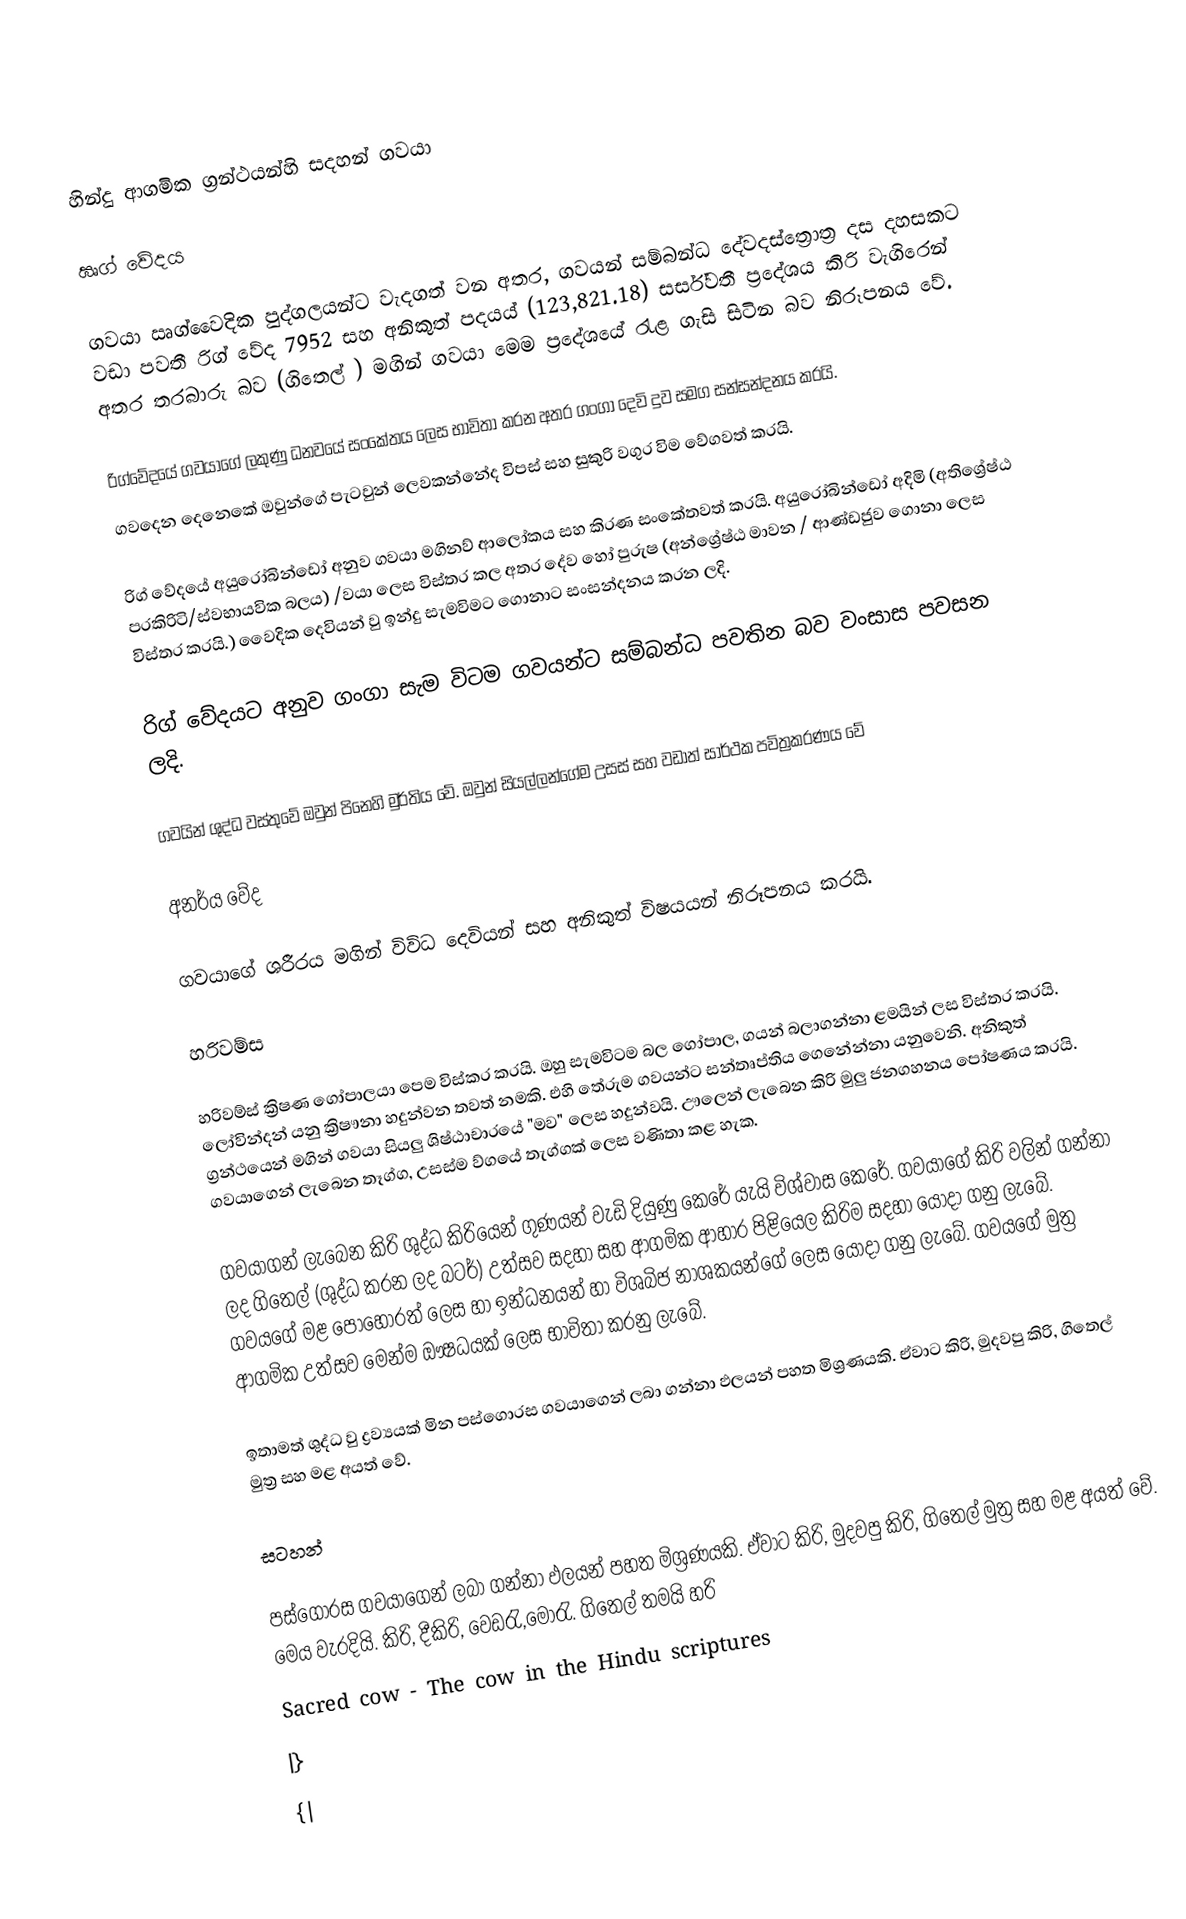

හින්දු ආගමික ග්‍රන්ථයන්හි සදහන් ගවයා

ඍග් වේදය

ගවයා ඍග්වෛදික පුද්ගලයන්ට වැදගත් වන අතර, ගවයන් සම්බන්ධ දේවදස්ත්‍රොත්‍ර දස දහසකට වඩා පවතී රිග් වේද 7952 සහ අනිකුත් පදයය් (123,821.18) සර්ස්වතී ප්‍රදේශය කිරි වැගිරෙන් අතර තරබාරු බව (ගිතෙල් ) මගින් ගවයා මෙම ප්‍රදේශයේ රැළ ගැසි සිටින බව නිරූපනය වේ.

රිග්වේදයේ ගවයාගේ ලකුණු ධනවයේ සංකේතය ලෙස භාවිතා කරන අතර ගංගා දෙවි දුව සමග සන්සන්දනය කරයි.
ගවදෙන දෙනෙකේ ඔවුන්ගේ පැටවුන් ලෙවකන්නේද විපස් සහ සුකුරි වගුර විම වේගවත් කරයි.

රිග් වේදයේ අයුරෝ‍බින්ඩෝ අනුව ගවයා මගිනව් ආලෝකය සහ කිරණ සංකේතවත් කරයි. අයුරෝබින්ඩෝ අදිමි (අතිශ්‍රේෂ්ඨ පරකිරිටි/ස්වභායවික බලය) /වයා ලෙස විස්තර කල අතර දේව හෝ පුරුෂ (අන්ශ්‍රේෂ්ඨ මාවන / ආණ්ඩජුව ගොනා ලෙස විස්තර කරයි.) වෛදික දෙවියන් වු ඉන්දු සැමවිමට ගොනාට සංසන්දනය කරන ලදි.

රිග් වේදයට අනුව ගංගා සැම විටම ගවයන්ට සම්බන්ධ පවතින බව වංසාස පවසන ලදි.

ගවයින් ශුද්ධ වස්තුවේ ඔවුන් පිනෙහි මුර්තිය වේ. ඔවුන් සියල්ලන්ගේම උසස් සහ වඩාත් සාර්ථක පවිත්‍රකරණය වේ

අනර්ය වේද

ගවයාගේ ශරීරය මගින් විවිධ දෙවියන් සහ අනිකුත් විෂයයන් නිරූපනය කරයි.

හරිවම්ස

හරිවම්ස් ක්‍රිෂණ‍ ගෝපාලයා පෙම විස්කර කරයි. ඔහු සැමවිටම බල ගෝපාල, ගයන් බලාගන්නා ළමයින් ලස විස්තර කරයි. ලෝවින්දන් යනු ක්‍රිෂෟනා හදුන්වන තවත් නමකි. එහි තේරුම ගවයන්ට සන්තෘප්තිය ගෙනේන්නා යනුවෙනි. අනිකුත් ග්‍රන්ථයෙන් මගින් ගවයා සියලු ශිෂ්ඨාචාරයේ "මව" ලෙස හදුන්වයි. ඌලෙන් ලැබෙන කිරි මුලු ජනගහනය පෝෂණය කරයි. ගවයාගෙන් ලැබෙන තෑග්ග, උසස්ම ව්ගයේ තැග්ගක් ලෙස වණිතා කළ හැක.

ගවයාගන් ලැබෙන කිරි ශුද්ධ කිරියෙන් ගුණයන් වැඩි දියුණු කෙරේ යැයි විශ්වාස කෙරේ. ගවයාගේ කිරි වලින් ගන්නා ලද ගිතෙල් (ශුද්ධ කරන ලද බටර්) උත්සව සදහා සහ ආගමික ආහාර පිළියෙල කිරිම සදහා යොදා ගනු ලැබේ. ගවයගේ මළ පොහොරත් ලෙස හා ඉන්ධනයන් හා විශබිජ නාශකයන්ගේ ලෙස යොදා ගනු ලැබේ. ගවයගේ මුත්‍ර ආගමික උත්සව මෙන්ම ඖෂධයක් ලෙස භාවිතා කරනු ලැබේ.

ඉතාමත් ශුද්ධ වු ද්‍රව්‍යයක් මින පස්ගොරස ගවයාගෙන් ලබා ගන්නා ඵලයන් පහත මිශ්‍රණයකි. ඒවාට කිරි, මුදවපු කිරි, ගිතෙල් මුත්‍ර සහ මළ අයත් වේ.

සටහන්

පස්ගොරස ගවයාගෙන් ලබා ගන්නා ඵලයන් පහත මිශ්‍රණයකි. ඒවාට කිරි, මුදවපු කිරි, ගිතෙල් මුත්‍ර සහ මළ අයත් වේ. මෙය වැරදියි. කිරි, දීකිරි, වෙඩරැ,මෝරැ. ගිතෙල් තමයි හරි
 Sacred cow - The cow in the Hindu scriptures
|}
{|